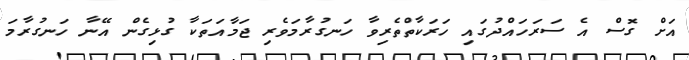
އަށް ގޮސް އެ ސަރަހައްދުގައި ހަރަކާތްތެރިވާ ހަނގުރާމަވެރި ޖަމާއަތަކާ ގުޅިގެން އޭނާ ހަނގުރާމަ